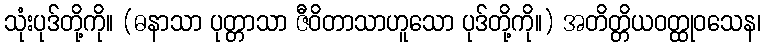
သုံးပုဒ်တို့ကို။ (ဓနာသာ ပုတ္တာသာ ဇီဝိတာသာဟူသော ပုဒ်တို့ကို။) အတိတ္တိယဝတ္ထုဝသေန၊